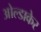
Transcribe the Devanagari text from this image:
ओल्डाकेर